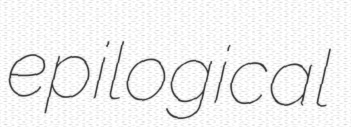
epilogical